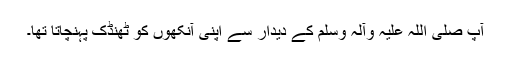
آپ صلی اللہ علیہ وآلہ وسلم کے دیدار سے اپنی آنکھوں کو ٹھنڈک پہنچاتا تھا۔